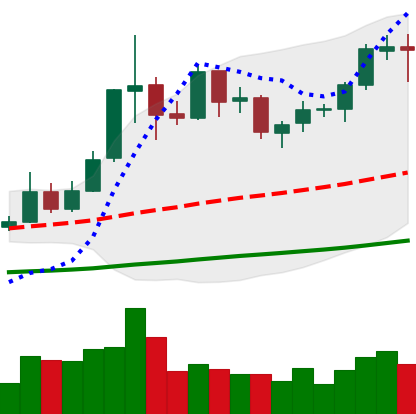
Ticker: ETC-USD
Chart end date: 2019-05-29
Forward return: 15.103%
Label: up_7plus